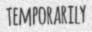
TEMPORARILY